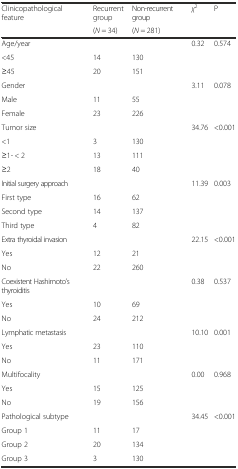
| <ROWSPAN=2> Clinicopathological feature | Recurrent group | Non-recurrent group | <ROWSPAN=2> χ2 | <ROWSPAN=2> P |
 | (N = 34) | (N = 281) |
 | --- | --- | --- | --- | --- |
 | Age/year |  |  | 0.32 | 0.574 |
 | <45 | 14 | 130 |  |  |
 | ≥45 | 20 | 151 |  |  |
 | Gender |  |  | 3.11 | 0.078 |
 | Male | 11 | 55 |  |  |
 | Female | 23 | 226 |  |  |
 | Tumor size |  |  | 34.76 | <0.001 |
 | <1 | 3 | 130 |  |  |
 | ≥1- < 2 | 13 | 111 |  |  |
 | ≥2 | 18 | 40 |  |  |
 | Initial surgery approach |  |  | 11.39 | 0.003 |
 | First type | 16 | 62 |  |  |
 | Second type | 14 | 137 |  |  |
 | Third type | 4 | 82 |  |  |
 | Extra thyroidal invasion |  |  | 22.15 | <0.001 |
 | Yes | 12 | 21 |  |  |
 | No | 22 | 260 |  |  |
 | Coexistent Hashimoto’s thyroiditis |  |  | 0.38 | 0.537 |
 | Yes | 10 | 69 |  |  |
 | No | 24 | 212 |  |  |
 | Lymphatic metastasis |  |  | 10.10 | 0.001 |
 | Yes | 23 | 110 |  |  |
 | No | 11 | 171 |  |  |
 | Multifocality |  |  | 0.00 | 0.968 |
 | Yes | 15 | 125 |  |  |
 | No | 19 | 156 |  |  |
 | Pathological subtype |  |  | 34.45 | <0.001 |
 | Group 1 | 11 | 17 |  |  |
 | Group 2 | 20 | 134 |  |  |
 | Group 3 | 3 | 130 |  |  |